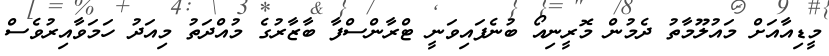
މީޑިއާއަށް މައުލޫމާތު ދެމުން މޮރީނިއޯ ބުނެފައިވަނީ ޓްރާންސްފާ ބާޒާރުގެ މުއްދަތު މިއަދު ހަމަވާއިރުވެސް